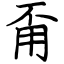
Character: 甭